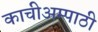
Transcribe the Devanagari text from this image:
काचीअम्पाठी